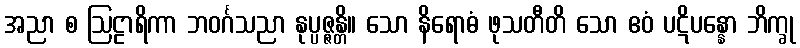
အညာ စ ဩဠာရိကာ ဘဝင်္ဂသညာ နုပ္ပဇ္ဇန္တိ။ သော နိရောဓံ ဖုသတီတိ သော ဧဝံ ပဋိပန္နော ဘိက္ခု